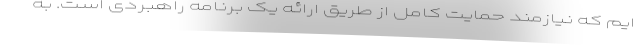
ایم که نیازمند حمایت کامل از طریق ارائه یک برنامه راهبردی است. به